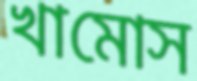
খামোস